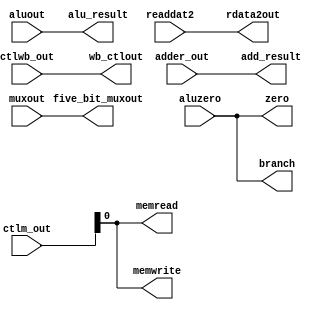
`timescale 1ns / 1ps

module Ex_Mem(
    input wire [1:0] ctlwb_out,
    input wire [2:0] ctlm_out,
    input wire [31:0] adder_out,
    input wire aluzero,
    input wire [31:0] aluout, readdat2,
    input wire [4:0] muxout,
    output reg [1:0] wb_ctlout,
    output reg branch, memread, memwrite,
    output reg [31:0] add_result,
    output reg zero,
    output reg [31:0] alu_result, rdata2out,
    output reg [4:0] five_bit_muxout
    );
    
    initial begin
        wb_ctlout <= 0;
        branch <= 0;
        memread <= 0;
        memwrite <= 0;
        add_result <= 0;
        zero <= 0;
        alu_result <= 0;
        rdata2out <= 0;
        five_bit_muxout <= 0;
    end
    
    always @* begin
        #1 //update delay
       
        wb_ctlout <= ctlwb_out;
        branch <= aluzero;      //branch, memread, and memwrite not in fig 3.7
        memread <= ctlm_out;   //check
        memwrite <= ctlm_out;    //check
        add_result <= adder_out;
        zero <= aluzero;
        alu_result <= aluout;
        rdata2out <= readdat2;
        five_bit_muxout <= muxout;
    end
    
endmodule